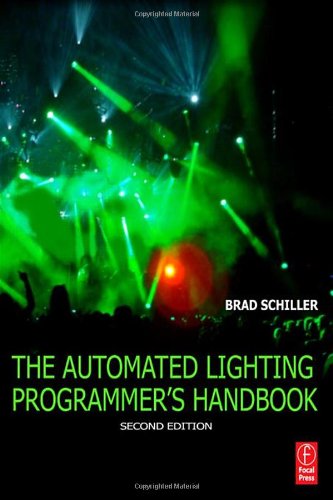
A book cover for The Automated Lighting Programmer's Handbook; Brad Schiller; Humor & Entertainment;